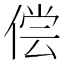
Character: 偿